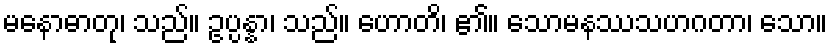
မနောဓာတု၊ သည်။ ဥပ္ပန္နာ၊ သည်။ ဟောတိ၊ ၏။ သောမနဿသဟဂတာ၊ သော။